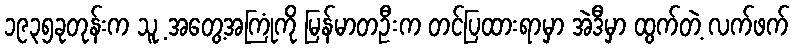
၁၉၃၅ခုတုန်းက သူ့ အတွေ့အကြုံကို မြန်မာတဦးက တင်ပြထားရာမှာ အဲဒီမှာ ထွက်တဲ့ လက်ဖက်